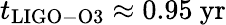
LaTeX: t_{\mathrm{{LIGO-O3}}}\approx 0.95~\mathrm{{yr}}